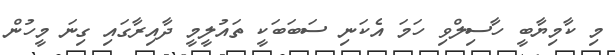
މި ކާމިޔާބީ ހާސިލްވި ހަމަ އެކަނި ސަބަބަކީ ތައުލީމީ ދާއިރާގައި ގިނަ މީހުން